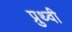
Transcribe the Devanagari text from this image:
प्रुथ्वी